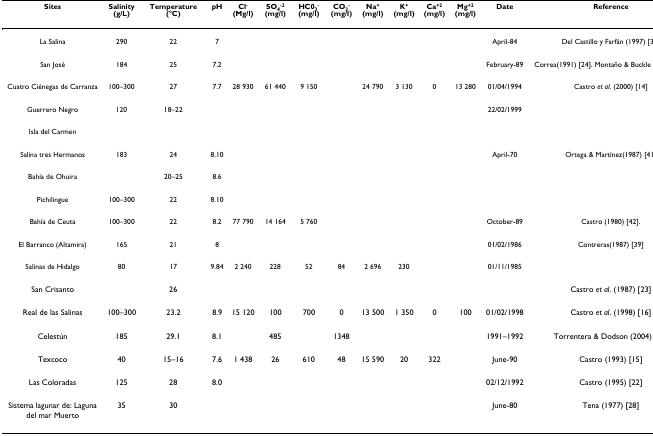
<table><thead><tr><td><b>Sites</b></td><td><b>Salinity (g/L)</b></td><td><b>Temperature (°C)</b></td><td><b>pH</b></td><td><b>Cl<sup>- </sup>(Mg/l)</b></td><td><b>SO<sub>4</sub><sup>-2 </sup>(mg/l)</b></td><td><b>HC0<sub>3</sub><sup>- </sup>(mg/l)</b></td><td><b>CO<sub>3</sub><sup>- </sup>(mg/l)</b></td><td><b>Na<sup>+ </sup>(mg/l)</b></td><td><b>K<sup>+ </sup>(mg/l)</b></td><td><b>Ca<sup>+2 </sup>(mg/l)</b></td><td><b>Mg<sup>+2 </sup>(mg/l)</b></td><td><b>Date</b></td><td><b>Reference</b></td></tr></thead><tbody><tr><td>La Salina</td><td>290</td><td>22</td><td>7</td><td></td><td></td><td></td><td></td><td></td><td></td><td></td><td></td><td>April-84</td><td>Del Castillo y Farfán (1997) [38]</td></tr><tr><td>San José</td><td>184</td><td>25</td><td>7.2</td><td></td><td></td><td></td><td></td><td></td><td></td><td></td><td></td><td>February-89</td><td>Correa(1991) [24]. Montaño &amp; Buckle (1996) [34]</td></tr><tr><td>Cuatro Ciénegas de Carranza</td><td>100–300</td><td>27</td><td>7.7</td><td>28 930</td><td>61 440</td><td>9 150</td><td></td><td>24 790</td><td>3 130</td><td>0</td><td>13 280</td><td>01/04/1994</td><td>Castro <i>et al</i>. (2000) [14]</td></tr><tr><td>Guerrero Negro</td><td>120</td><td>18–22</td><td></td><td></td><td></td><td></td><td></td><td></td><td></td><td></td><td></td><td>22/02/1999</td><td></td></tr><tr><td>Isla del Carmen</td><td></td><td></td><td></td><td></td><td></td><td></td><td></td><td></td><td></td><td></td><td></td><td></td><td></td></tr><tr><td>Salina tres Hermanos</td><td>183</td><td>24</td><td>8.10</td><td></td><td></td><td></td><td></td><td></td><td></td><td></td><td></td><td>April-70</td><td>Ortega &amp; Martínez(1987) [41]</td></tr><tr><td>Bahía de Ohuira</td><td></td><td>20–25</td><td>8.6</td><td></td><td></td><td></td><td></td><td></td><td></td><td></td><td></td><td></td><td></td></tr><tr><td>Pichilingue</td><td>100–300</td><td>22</td><td>8.10</td><td></td><td></td><td></td><td></td><td></td><td></td><td></td><td></td><td></td><td></td></tr><tr><td>Bahía de Ceuta</td><td>100–300</td><td>22</td><td>8.2</td><td>77 790</td><td>14 164</td><td>5 760</td><td></td><td></td><td></td><td></td><td></td><td>October-89</td><td>Castro (1980) [42].</td></tr><tr><td>El Barranco (Altamira)</td><td>165</td><td>21</td><td>8</td><td></td><td></td><td></td><td></td><td></td><td></td><td></td><td></td><td>01/02/1986</td><td>Contreras(1987) [39]</td></tr><tr><td>Salinas de Hidalgo</td><td>80</td><td>17</td><td>9.84</td><td>2 240</td><td>228</td><td>52</td><td>84</td><td>2 696</td><td>230</td><td></td><td></td><td>01/11/1985</td><td></td></tr><tr><td>San Crisanto</td><td></td><td>26</td><td></td><td></td><td></td><td></td><td></td><td></td><td></td><td></td><td></td><td></td><td>Castro <i>et al</i>. (1987) [23]</td></tr><tr><td>Real de las Salinas</td><td>100–300</td><td>23.2</td><td>8.9</td><td>15 120</td><td>100</td><td>700</td><td>0</td><td>13 500</td><td>1 350</td><td>0</td><td>100</td><td>01/02/1998</td><td>Castro <i>et al</i>. (1998) [16]</td></tr><tr><td>Celestún</td><td>185</td><td>29.1</td><td>8.1</td><td></td><td>485</td><td></td><td>1348</td><td></td><td></td><td></td><td></td><td>1991–1992</td><td>Torrentera &amp; Dodson (2004) [36]</td></tr><tr><td>Texcoco</td><td>40</td><td>15–16</td><td>7.6</td><td>1 438</td><td>26</td><td>610</td><td>48</td><td>15 590</td><td>20</td><td>322</td><td></td><td>June-90</td><td>Castro (1993) [15]</td></tr><tr><td>Las Coloradas</td><td>125</td><td>28</td><td>8.0</td><td></td><td></td><td></td><td></td><td></td><td></td><td></td><td></td><td>02/12/1992</td><td>Castro (1995) [22]</td></tr><tr><td>Sistema lagunar de: Laguna del mar Muerto</td><td>35</td><td>30</td><td></td><td></td><td></td><td></td><td></td><td></td><td></td><td></td><td></td><td>June-80</td><td>Tena (1977) [28]</td></tr></tbody></table>